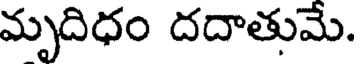
మృదిధం దదాతుమే.